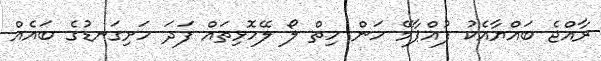
ރާއްޖެ ބައްޔާއެކު ފުއްޕާމޭ ހަން ހިތް ލޯ ލޭހޮޅިތައް ފަދަ ހަށިގަނޑުގެ ބައެއް